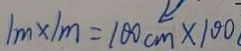
1 m \times 1 m = 1 0 0 c m \times 1 0 0